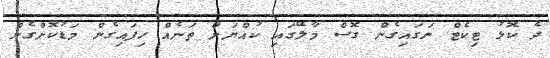
ދެ ކޮޅު ޓިކެޓް ނަގައިގެން ގޮސް މާލޭގައި ކުއްޔަށް ތަނެއް ހިފައިގެން މަޑުކޮށްގެން